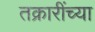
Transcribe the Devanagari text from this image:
तक्रारींच्या